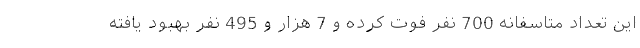
این تعداد متاسفانه 700 نفر فوت کرده و 7 هزار و 495 نفر بهبود یافته